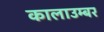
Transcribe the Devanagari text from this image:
कालाउम्बर